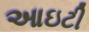
આઇટી